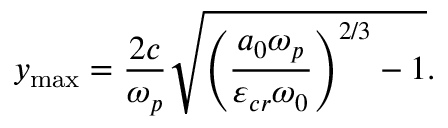
y _ { \mathrm { { m a x } } } = \frac { 2 c } { \omega _ { p } } \sqrt { \left( \frac { a _ { 0 } \omega _ { p } } { \varepsilon _ { c r } \omega _ { 0 } } \right) ^ { 2 / 3 } - 1 } .